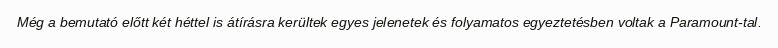
Még a bemutató előtt két héttel is átírásra kerültek egyes jelenetek és folyamatos egyeztetésben voltak a Paramount-tal.